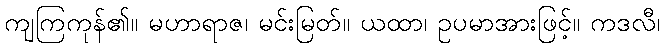
ကျကြကုန်၏။ မဟာရာဇ၊ မင်းမြတ်။ ယထာ၊ ဥပမာအားဖြင့်။ ကဒလီ၊